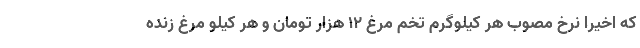
که اخیرا نرخ مصوب هر کیلوگرم تخم مرغ ۱۲ هزار تومان و هر کیلو مرغ زنده